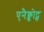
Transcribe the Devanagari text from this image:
एनैक्डोट्स